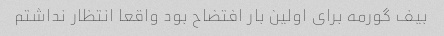
بیف گورمه برای اولین بار افتضاح بود واقعا انتظار نداشتم